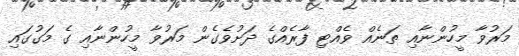
މަރުވާ މީހުންނާއި ތަނެއް ވެއްޓި ފާރެއްގެ ދަށުވެގެން މަރުވާ މީހުންނާއި ގެ މަގުގައި